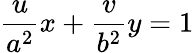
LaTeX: {\frac{u}{a^{2}}}x+{\frac{v}{b^{2}}}y=1